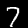
Digit: 7